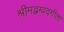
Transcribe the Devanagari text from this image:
श्रीमद्भग्वदगीता